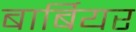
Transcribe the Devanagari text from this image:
बार्बियर